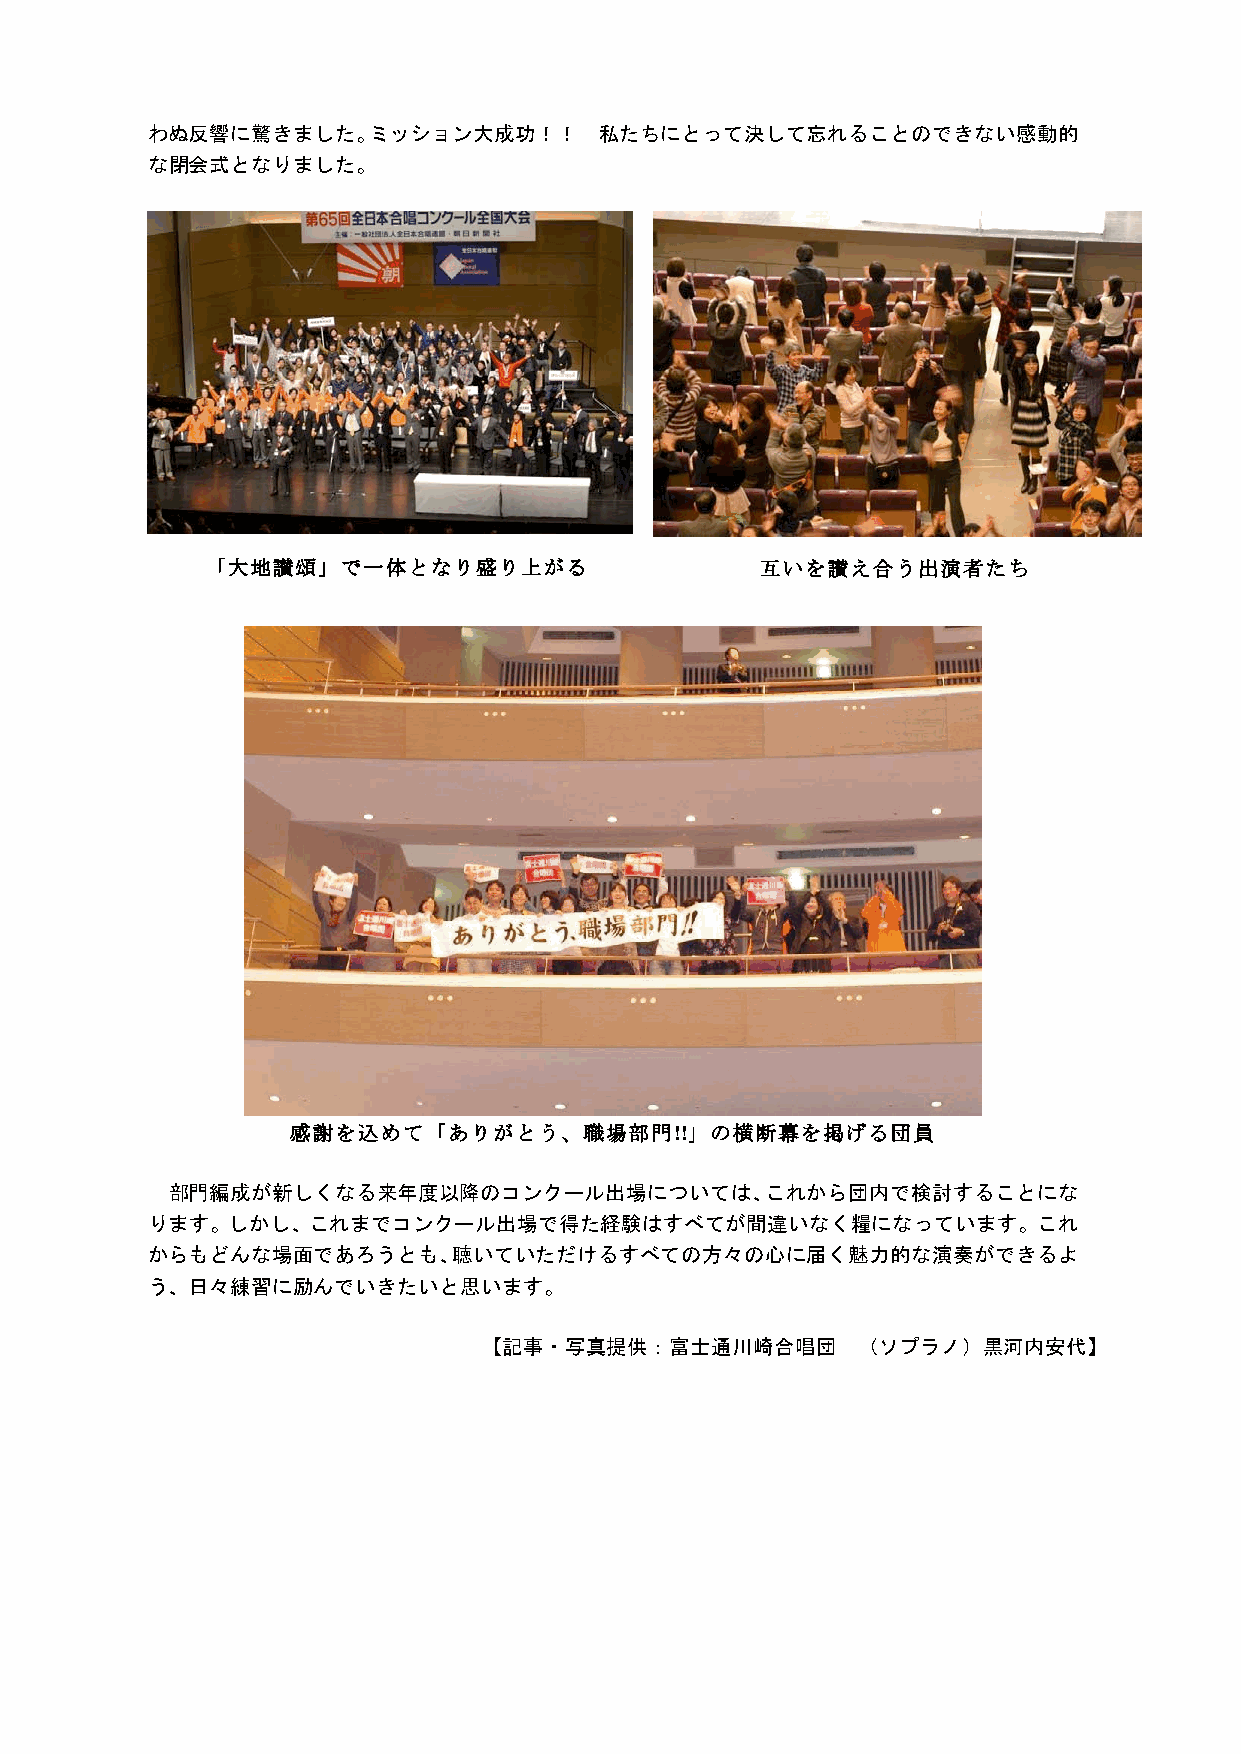
わぬ反響に驚きました。ミッション大成功！！         私たちにとって決して忘れることのできない感動的
 な閉会式となりました。
 「大地讃頌」で一体となり盛り上がる                   互いを讃え合う出演者たち
 感謝を込めて「ありがとう、職場部門!!」の横断幕を掲げる団員
 部門編成が新しくなる来年度以降のコンクール出場については、これから団内で検討することにな
 ります。しかし、これまでコンクール出場で得た経験はすべてが間違いなく糧になっています。これ
 からもどんな場面であろうとも、聴いていただけるすべての方々の心に届く魅力的な演奏ができるよ
 う、日々練習に励んでいきたいと思います。
 【記事・写真提供：富士通川崎合唱団        （ソプラノ）黒河内安代】